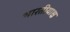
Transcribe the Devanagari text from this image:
भारतीयाश्च